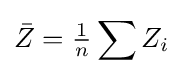
{\bar {Z}}={\tfrac {1}{n}}\sum Z_{i}